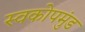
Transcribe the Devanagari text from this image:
स्वकोपमुंड